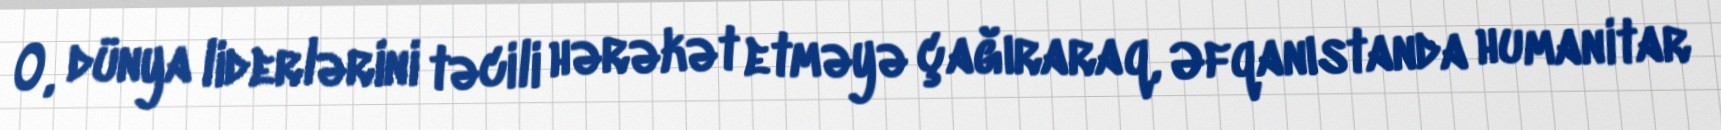
O, dünya liderlərini təcili hərəkət etməyə çağıraraq, Əfqanıstanda humanitar